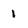
Character: 1